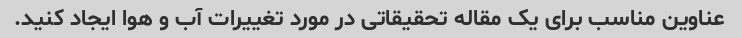
عناوین مناسب برای یک مقاله تحقیقاتی در مورد تغییرات آب و هوا ایجاد کنید.